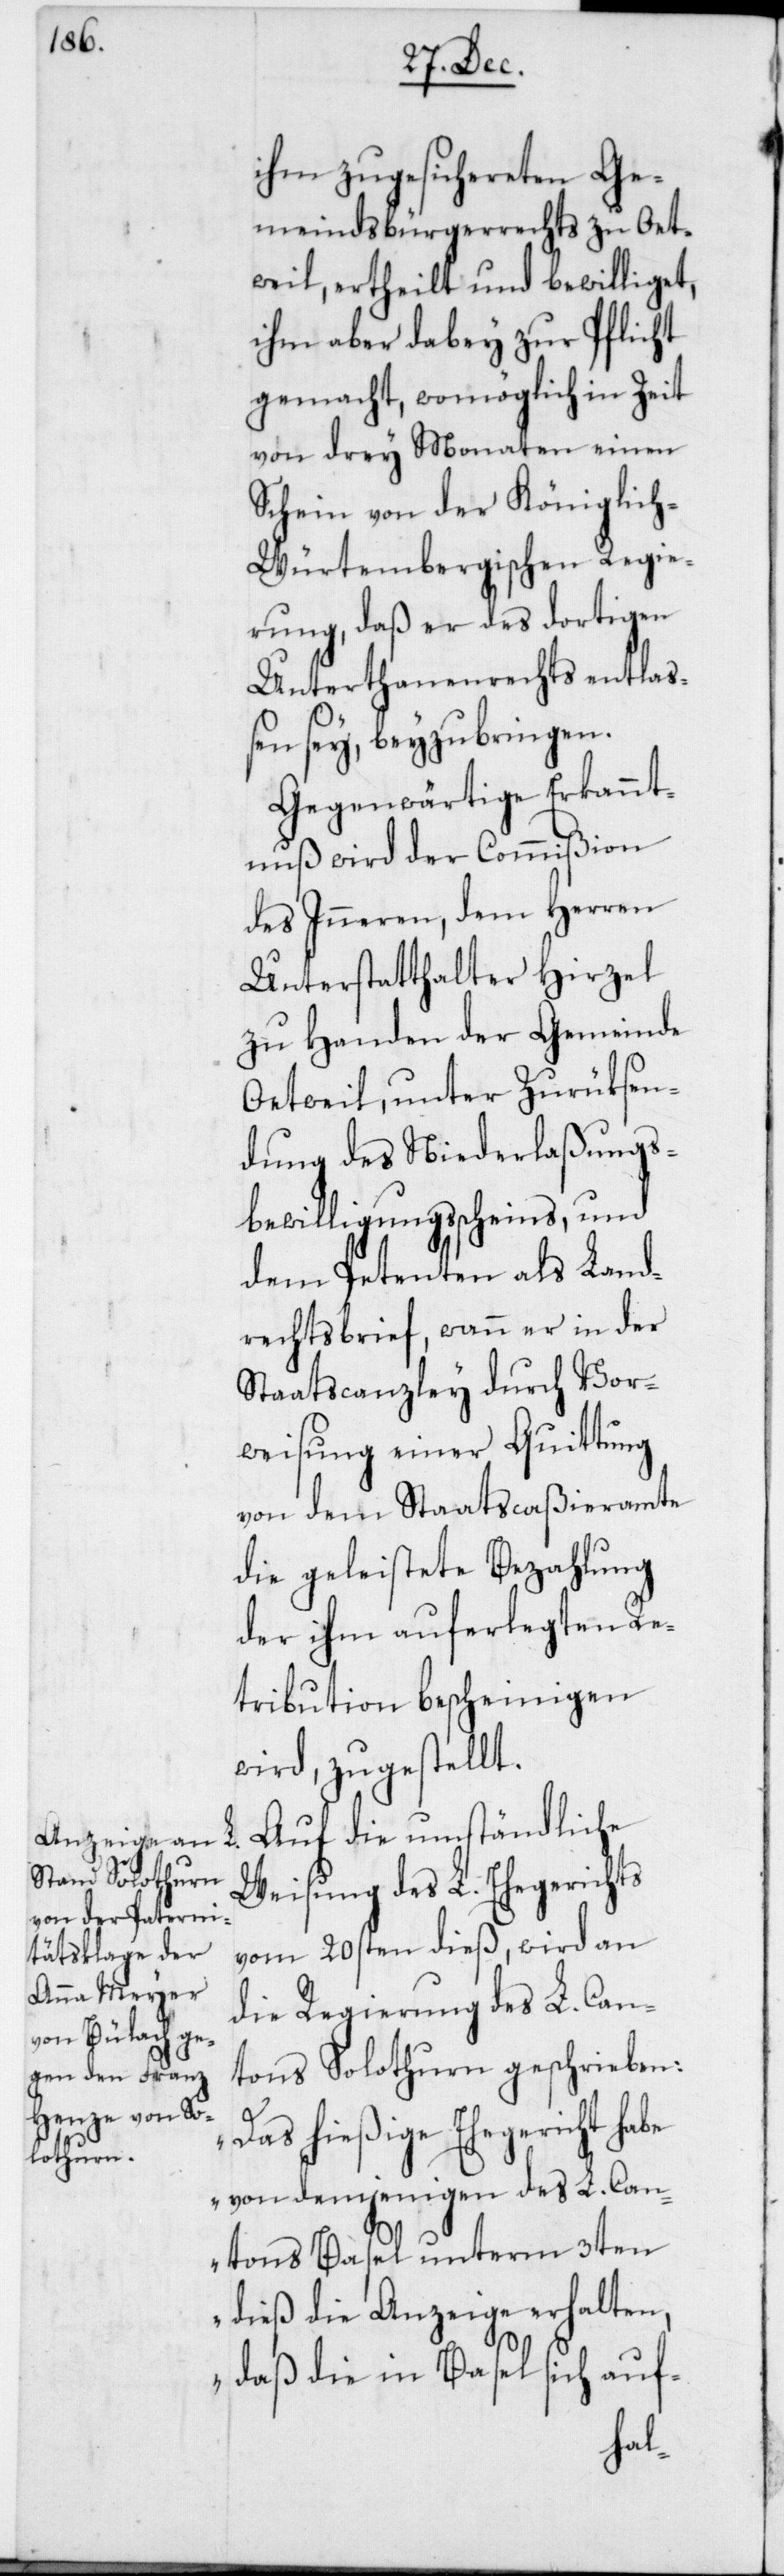
ihm zugesichereten Ge¬
meindsbürgerrechts zu Oet¬
weil, ertheilt und bewilliget,
ihm aber dabey zur Pflicht
gemacht, womöglich in Zeit
von drey Monaten einen
Schein von der Königlic¬
h-Würtembergischen Regie¬
rung, daß er des dortigen
Unterthanenrechts entla¬
ßen sey, beyzubringen.
Gegenwärtige Erkannt¬
nuß wird der Commißion
des Inneren, dem Herren
Unterstatthalter Hirzel
zu Handen der Gemeinde
Oetweil, unter Zurüksen¬
dung des Niederlaßungs¬
bewilligungsscheins, und
dem Petenten als Land¬
rechtsbrief, wann er in der
Staatscanzley durch Vor¬
weisung einer Quittung
von dem Staatscaßieramte
die geleistete Bezahlung
der ihm auferlegten Re¬
tribution bescheinigen
wird, zugestellt.
Auf die umständliche
Weisung des L. Ehegerichts
vom 20sten dieß, wird an
die Regierung des L. Can¬
tons Solothurn geschrieben:
„Das hießige Ehegericht habe
von demjenigen des L. Can¬
tons Basel unterm 3ten
dieß die Anzeige erhalten,
daß die in Basel sich auf-